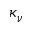
\kappa _ { \nu }